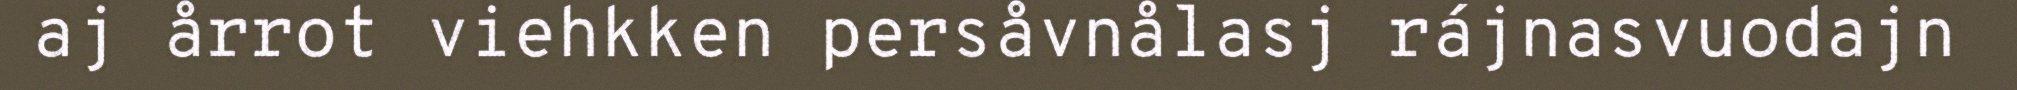
aj årrot viehkken persåvnålasj rájnasvuodajn